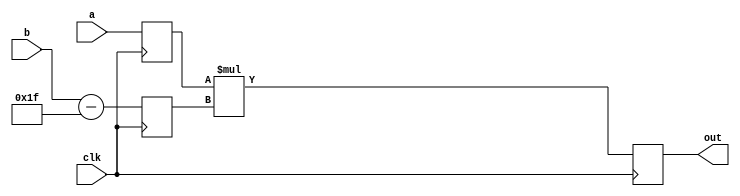
module example(
    input clk,
    input[4:0] a,
    input[4:0] b,

    output reg[4:0] out
);

    reg[4:0] inp_a;
    reg[4:0] inp_b;

    always @(posedge clk) begin
        inp_a   <= a;
        inp_b   <= (b - 8'd127);
        out     <= inp_a * inp_b;
    end

endmodule